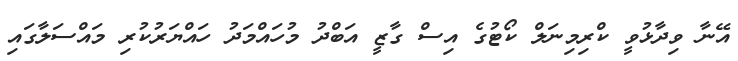
އޭނާ ވިދާޅުވީ ކްރިމިނަލް ކޯޓުގެ އިސް ގާޒީ އަބްދު މުހައްމަދު ހައްޔަރުކުރި މައްސަލާގައި